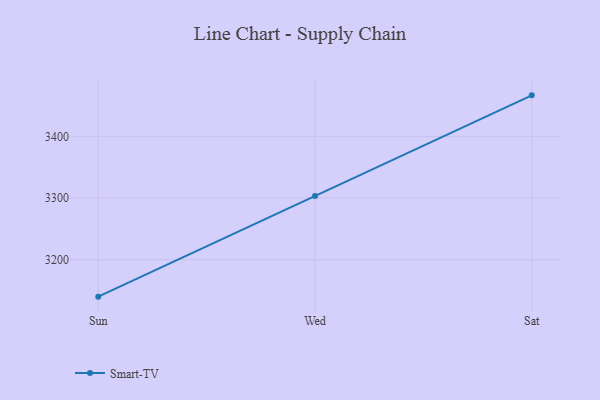
{"axis": {"x": "Day", "y": "Gross Profit (USD K)"}, "legend": ["Smart-TV"], "data": [{"x": "Sun", "y": 3140.2, "type": "Smart-TV"}, {"x": "Wed", "y": 3303.5, "type": "Smart-TV"}, {"x": "Sat", "y": 3466.4, "type": "Smart-TV"}]}